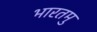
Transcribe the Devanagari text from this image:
भारतमु